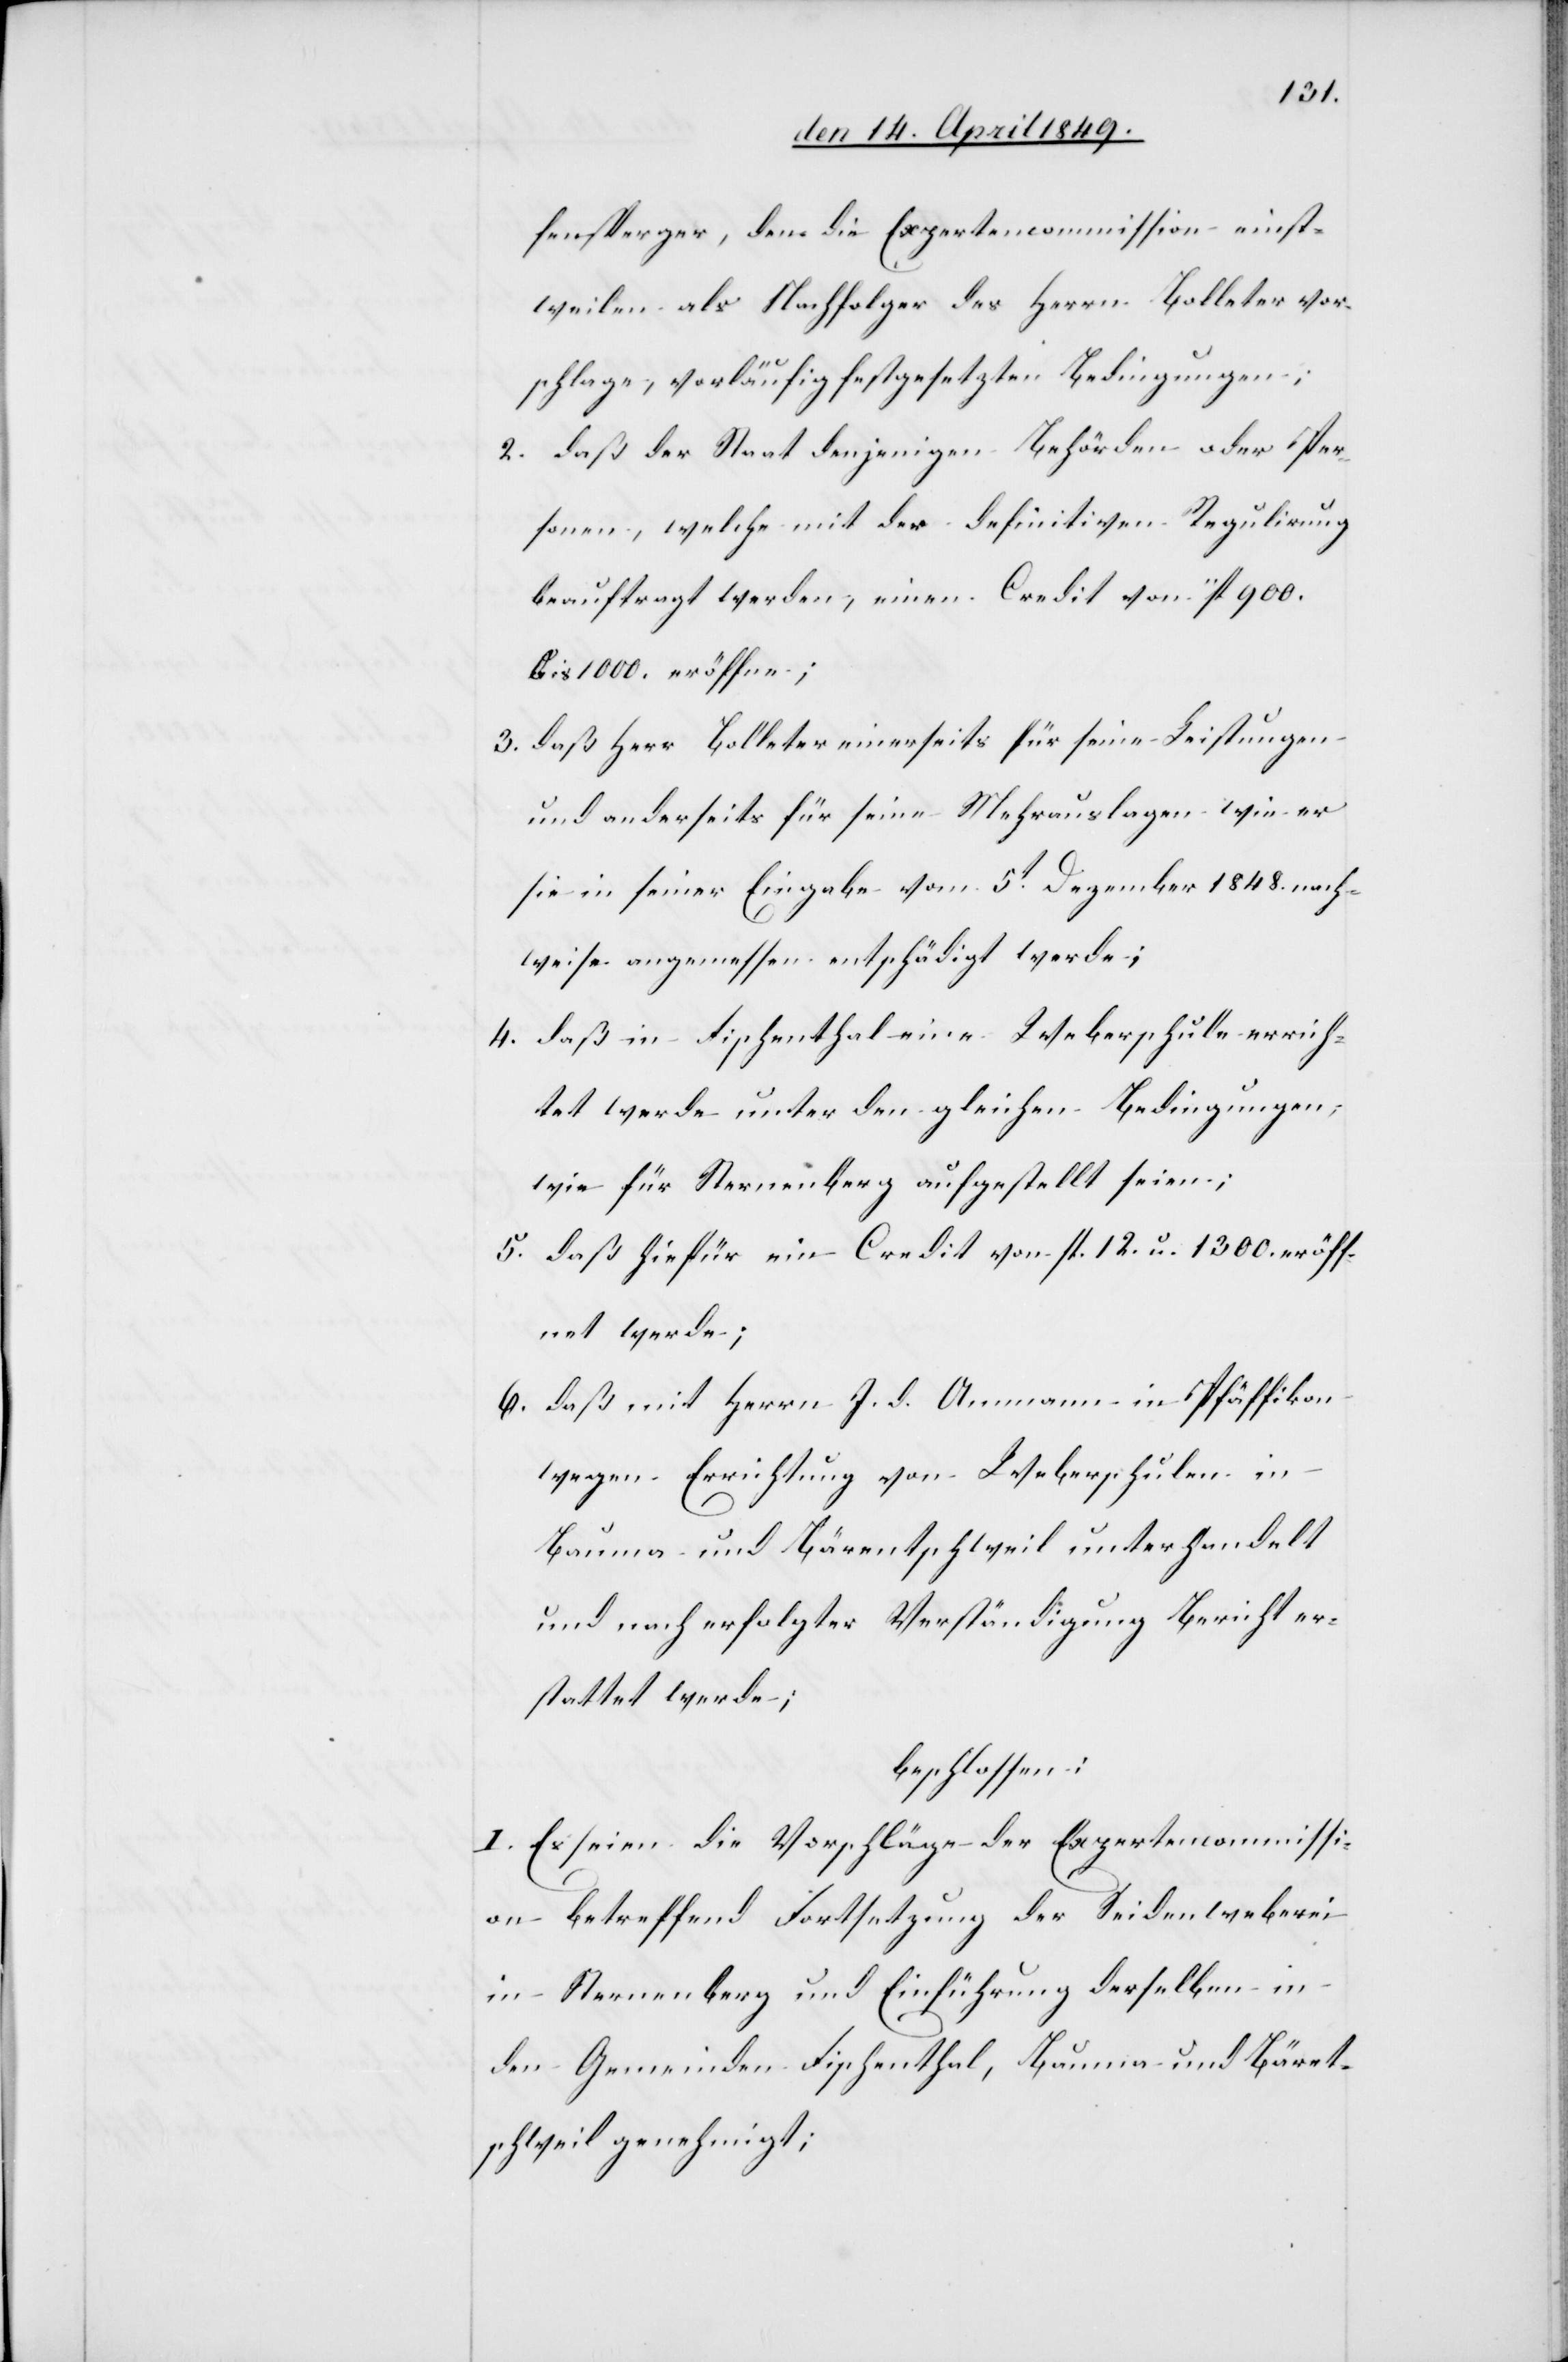
fensperger, den die Expertencommission einst¬
weilen als Nachfolger des Herrn Bolleter vor¬
schlage, vorläufig festgesetzten Bedingungen;
2. daß der Staat denjenigen Behörden oder Per¬
sonen, welche mit der definitiven Regulirung
beauftragt werden, einen Credit von fl. 900.
bis 1000. eröffne;
3. daß Herr Bolleter einerseits für seine Leistungen
und anderseits für seine Mehrauslagen wie er
sie in seiner Eingabe vom 5t Dezember 1848. nach¬
weise angemessen entschädigt werde;
4. daß in Fischenthal eine Weberschule errich¬
tet werde unter den gleichen Bedingungen,
wie für Sternenberg aufgestellt seien;
5. daß hiefür ein Credit von fl. 12. u. 1300. eröff¬
net werde;
6. daß mit Herrn J. D. Ammann in Pfäffikon
wegen Errichtung von Weberschulen in
Bauma und Bärentschweil unterhandelt
und nach erfolgter Verständigung Bericht er¬
stattet werde;
beschlossen:
I. Es seien die Vorschläge der Expertencommissi¬
on betreffend Fortsetzung der Seidenweberei
in Sternenberg und Einführung derselben in
den Gemeinden Fischenthal, Bauma und Bäret¬
schweil genehmigt;